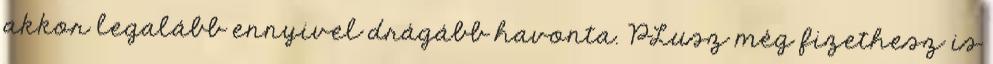
akkor legalább ennyivel drágább havonta. PLusz még fizethesz is